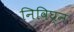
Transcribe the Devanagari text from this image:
निविघ्न